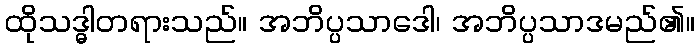
ထိုသဒ္ဓါတရားသည်။ အဘိပ္ပသာဒေါ၊ အဘိပ္ပသာဒမည်၏။